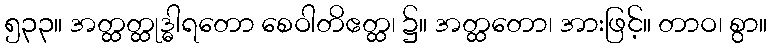
၅၃၃။ အတ္ထတ္ထုဒ္ဓါရတော စေဝါတိဧတ္ထ၊ ၌။ အတ္ထတော၊ အားဖြင့်။ တာဝ၊ စွာ။